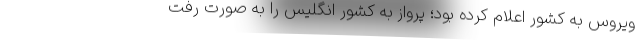
ویروس به کشور اعلام کرده بود؛ پرواز به کشور انگلیس را به صورت رفت